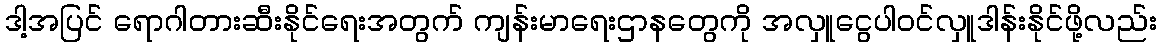
ဒါ့အပြင် ရောဂါတားဆီးနိုင်ရေးအတွက် ကျန်းမာရေးဌာနတွေကို အလှူငွေပါဝင်လှူဒါန်းနိုင်ဖို့လည်း